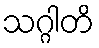
သဂ္ဂါတိ